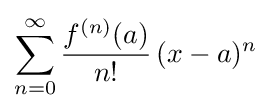
\sum _{n=0}^{\infty }{\frac {f^{(n)}(a)}{n!}}\,(x-a)^{n}